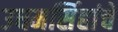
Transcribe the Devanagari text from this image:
उधमसिंहांचे